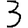
Digit: 3